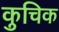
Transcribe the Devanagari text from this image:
कुचिक